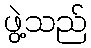
ဖွဲ့သည်